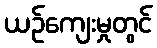
ယဉ်ကျေးမှုတွင်